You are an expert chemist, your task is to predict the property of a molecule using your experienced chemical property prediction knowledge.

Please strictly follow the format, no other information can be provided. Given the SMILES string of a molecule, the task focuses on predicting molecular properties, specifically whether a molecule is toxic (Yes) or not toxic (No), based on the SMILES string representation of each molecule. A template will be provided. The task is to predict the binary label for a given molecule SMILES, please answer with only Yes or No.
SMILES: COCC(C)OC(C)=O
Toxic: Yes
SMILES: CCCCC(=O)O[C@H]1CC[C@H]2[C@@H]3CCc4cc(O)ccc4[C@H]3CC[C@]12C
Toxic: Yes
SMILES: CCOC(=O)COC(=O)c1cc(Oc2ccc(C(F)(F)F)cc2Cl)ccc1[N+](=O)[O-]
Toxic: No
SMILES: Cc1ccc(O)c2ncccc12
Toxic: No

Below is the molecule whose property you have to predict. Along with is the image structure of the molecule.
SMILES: CCCCCCCCCC(=O)NO
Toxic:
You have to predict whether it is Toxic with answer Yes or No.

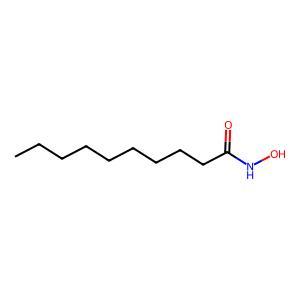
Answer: No